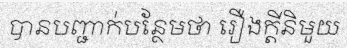
បានបញ្ជាក់បន្ថែមថា រឿងក្តីនិមួយ